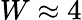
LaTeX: W\approx 4